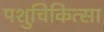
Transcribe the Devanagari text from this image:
पशुचिकित्‍सा